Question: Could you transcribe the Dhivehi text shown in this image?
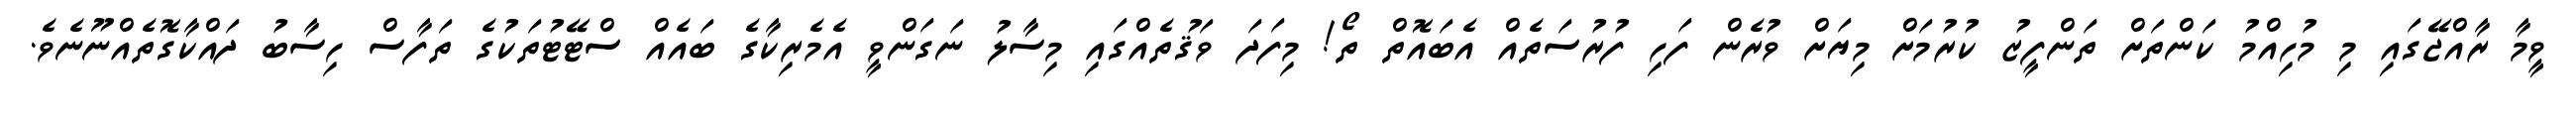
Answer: ވީމާ ރާއްޖޭގައި މި މުހިއްމު ކަންތަށް ތަންފީޒު ކުރުމަށް މިޔަށް ވުރެން ފަހި ފުރުސަތެއް އެބައޮތް ތޯ! މިފަދަ ވަޤުތެއްގައި މިސާލު ނަގަންވީ އެމެރިކާގެ ބައެއް ސްޓޭޓުތަކުގެ ތަފާސް ހިސާބު ދައްކާގޮތެއްނޫނެވެ.